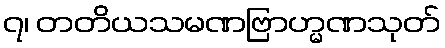
၇၊ တတိယသမဏဗြာဟ္မဏသုတ်